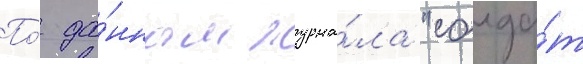
По́ да́нным журна́ла "солда́т